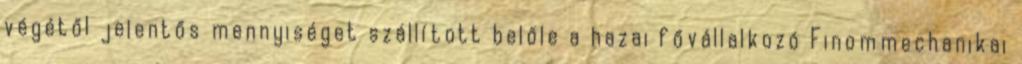
végétől jelentős mennyiséget szállított belőle a hazai fővállalkozó Finommechanikai